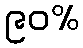
၉၀%